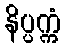
နိပ္ပက္ကံ